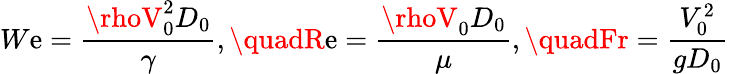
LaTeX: W\mathrm{e}=\frac{{\rhoV_{0}^{2}D_{0}}}{{\gamma}},\quadR\mathrm{e}=\frac{{\rhoV_{0}D_{0}}}{{\mu}},\quadFr=\frac{{V_{0}^{2}}}{{gD_{0}}}